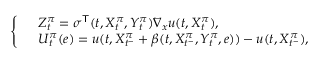
\begin{array} { r } { \left\{ \begin{array} { r l } & { Z _ { t } ^ { \pi } = \sigma ^ { \mathsf { T } } ( t , X _ { t } ^ { \pi } , Y _ { t } ^ { \pi } ) \nabla _ { x } u ( t , X _ { t } ^ { \pi } ) , } \\ & { U _ { t } ^ { \pi } ( e ) = u ( t , X _ { t ^ { - } } ^ { \pi } + \beta ( t , X _ { t ^ { - } } ^ { \pi } , Y _ { t } ^ { \pi } , e ) ) - u ( t , X _ { t ^ { - } } ^ { \pi } ) , } \end{array} \right. } \end{array}